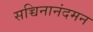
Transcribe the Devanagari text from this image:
सच्चिनानंदमन